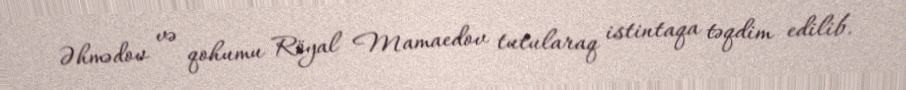
Əhmədov və qohumu Röyal Mamaedov tutularaq istintaqa təqdim edilib.